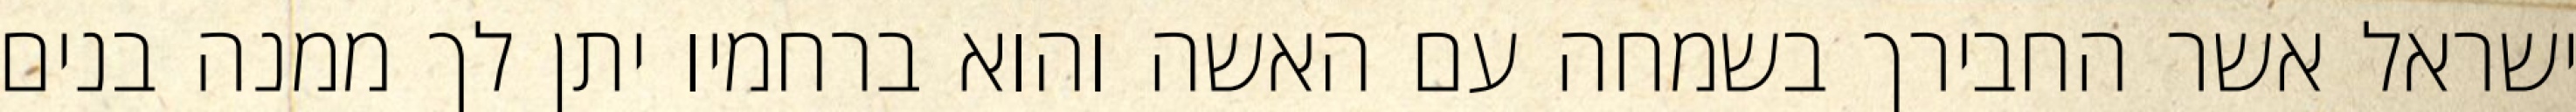
ישראל אשר החבירך בשמחה עם האשה והוא ברחמיו יתן לך ממנה בנים